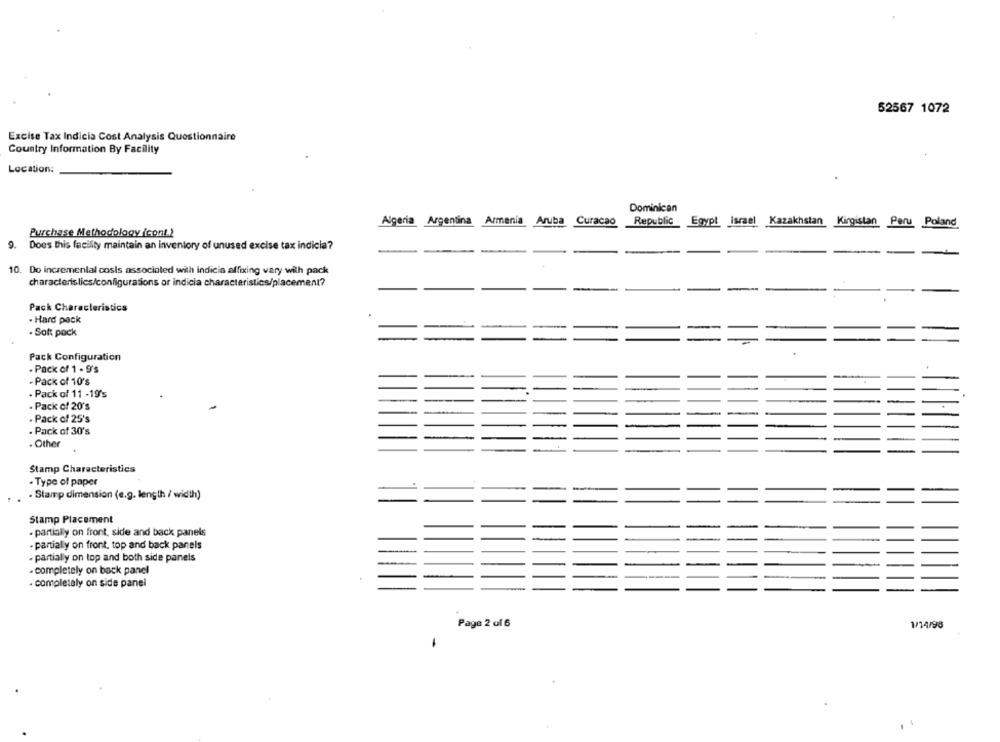
52567 1072
Excise Tax Indicia Cost Analysis Questionnaire
Country Information By Facility
Location:
Dominican
Algeria Argentina Armenia Aruba Curacao
Republic
c_Egypt Israel Kazakhstan Kirgistan Peru Poland
Purchase Methodology (cont.)
Does this facility maintain an inventory of unused excise tax indicia?
10. Do incremental costs associated with indicia affixing vary with pack
characteristics/configurations or indicia characteristics/placement?
Pack Characteristics
- Hard pack
. Soft pack
Pack Configuration
- Pack of 1 - 9's
-Pack of 10's
. Pack of 11 -19's
- Pack of 20's
. Pack of 25's
. Pack of 30's
. Other
Stamp Characteristics
· Type of paper
. Stamp dimension (e.g. length / width)
Stamp Placement
- partially on front, side and back panels
- partially on front, top and back panels
· partially on top and both side panels
- completely on back panel
· completely on side panel
Page 2 of 6
1/14/98
-